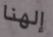
إلهنا